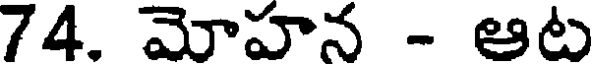
74. మోహన - ఆట